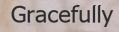
Gracefully